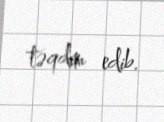
təqdim edib.